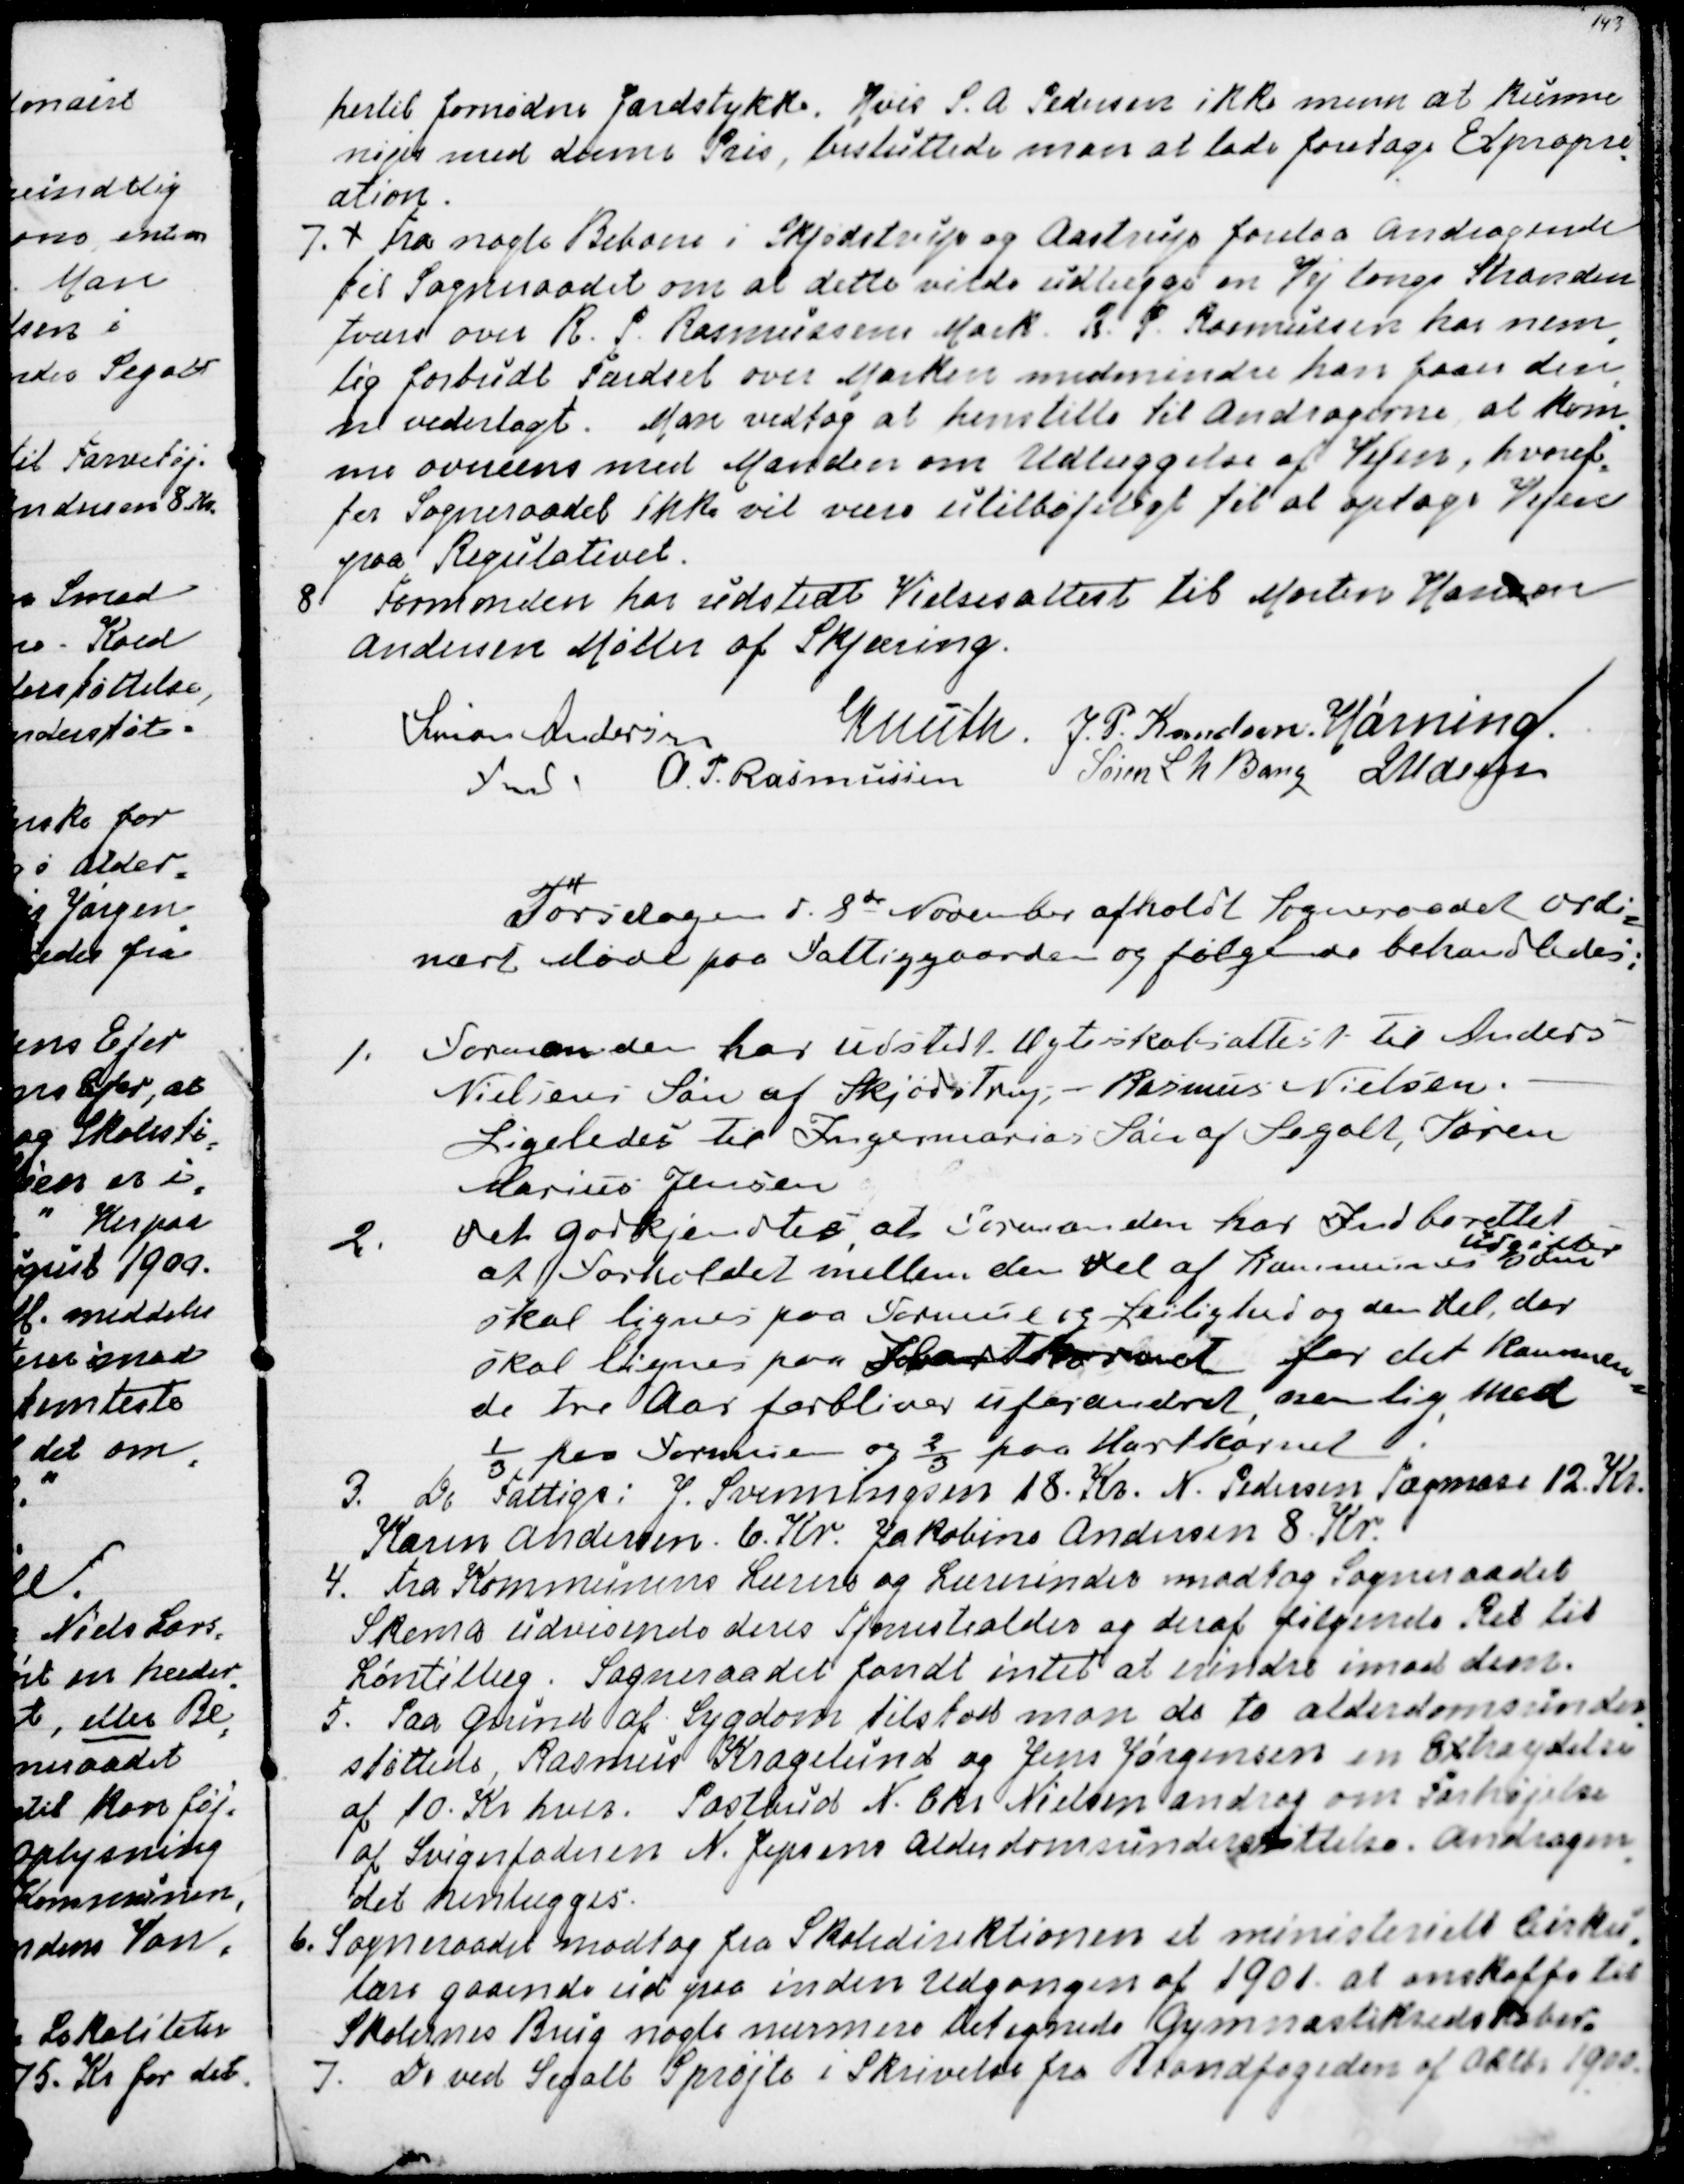
Transskription:
hertil fornødne Jordstykke. Hvis S. A. Pedersen ikke mener at kunne
nøjes med denne Pris, besluttede man at lade foretage Expropri
=
ation.
7. Fra nogle Beboere i Skjødstrup og Aastrup forelaa Andragende
til Sogneraadet om at dette vilde udlægge en Vej langs Stranden
tværs over R. P. Rasmussens Mark. R. P. Rasmussen har nem
=
lig forbudt Færdsel over Marken medmindre han faar den
=
ne vederlagt. Man vedtog at henstille til Andragerne at kom
=
me overens med Manden om Udlæggelse af Vejen, hvoref
=
ter Sogneraadet ikke vil være utilbøjeligt til at optage Vejen
paa Regulativet.
8 Formanden har udstedt Vielsesattest til Morten Hansen 
Andersen Møller af Skjæring.
Simon Andersen
Fmd
Knuth.
J.P. Knudsen
Hørning
A. P. Rasmussen
Søren L N Bang
J Udsen

Torsdagen d. 8de November afholdt Sogneraadet ordi
=
nært Møde paa Fattiggaarden og følgende behandledes:
1. Formanden har udstedt Ægteskabsattest til Anders
Nielsens Søn af Skjødstrup - Rasmus Nielsen.
Ligeledes til Ingermarias Søn af Segalt, Søren
Marius Jensen.
2. Det godkjendtes at Formanden har Indberettet
at Forholdet mellem den Del af Kommunens
Udgifter
som
skal lignes paa Formue og Leilighed og den Del, der
skal lignes paa Hartkornet for det kommen
=
de tre Aar forbliver uforandret, nemlig med
⅓ paa Formue og ⅔ paa Hartkornet
3. De Fattige: J. Svenningsen 18. Kr. N. Pedersen Tagmose 12. Kr.
Karen Andersen. 6. Kr. Jakobine Andersen 8. Kr.
4. Fra Kommunens Lærere og Lærerinder modtog Sogneraadet
Skema udvisende deres Tjenestealder og deraf følgende Ret til
Løntillæg. Sogneraadet fandt intet at erindre imod dem.
5. Paa Grund af Sygdom tilstod man de to alderdomsunder
=
støttede, Rasmus Kragelund og Jens Jørgensen en Extraydelse
af 10. Kr hver. Postbud N. Chr. Nielsen androg om Forhøjelse
af Svigerfaderen N. Jepsens Alderdomsunderstøttelse. Andragen
=
det henlægges.
6. Sogneraadet modtog fra Skoledirektionen et ministerielt Cirku
=
lære gaaende ud paa inden Udgangen af 1901 at anskaffe til
Skolernes Brug nogle nærmere betegnede Gymnastikredskaber.
7. De ved Segalt Sprøjte i Skrivelse fra Brandfogeden af Oktbr 1900